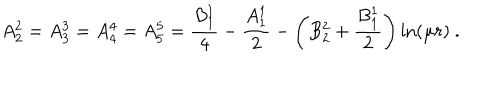
A _ { 2 } ^ { 2 } = A _ { 3 } ^ { 3 } = A _ { 4 } ^ { 4 } = A _ { 5 } ^ { 5 } = \frac { B _ { 1 } ^ { 1 } } 4 - \frac { A _ { 1 } ^ { 1 } } 2 - \left( B _ { 2 } ^ { 2 } + \frac { B _ { 1 } ^ { 1 } } 2 \right) \ln ( \mu r ) \ .